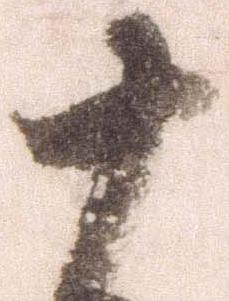
十